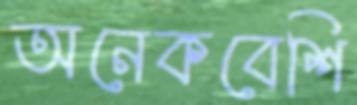
অনেকবেশি